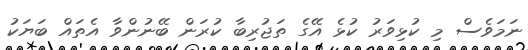
ނަމަވެސް މި ކުޅިވަރު ކުޅެ އޭގެ ތަޖުރިބާ ކުރަން ބޭނުންވާ އެތައް ބަޔަކު